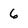
Character: 6